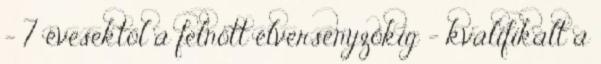
– 7 évesektől a felnőtt élversenyzőkig – kvalifikált a